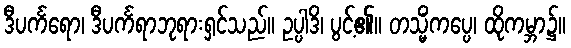
ဒီပင်္ကရော၊ ဒီပင်္ကရာဘုရားရှင်သည်။ ဥပ္ပါဒိ၊ ပွင့်၏။ တသ္မိံကပ္ပေ၊ ထိုကမ္ဘာ၌။